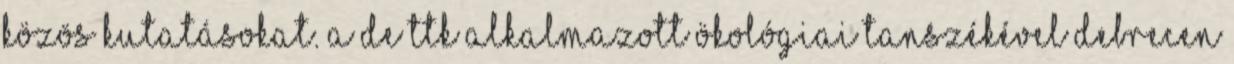
közös kutatásokat. A DE TTK Alkalmazott Ökológiai Tanszékével Debrecen